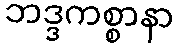
ဘဒ္ဒကစ္စာနာ